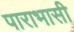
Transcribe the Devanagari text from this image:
पाराभासी